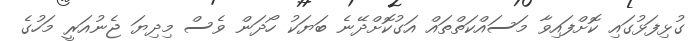
ގުޅިފަޅުގައި ކޮށްފައިވާ މަސައްކަތްތައް އަގުކޮށްދޭނެ ބަޔަކު ހޯދަން ވެސް މިދިޔަ ޖެނުއަރީ މަހުގެ